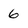
Character: 6